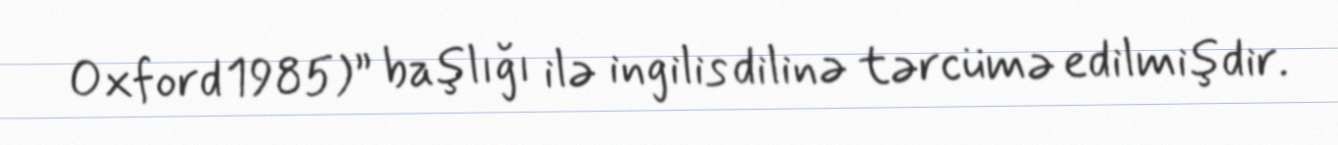
Oxford 1985)” başlığı ilə ingilis dilinə tərcümə edilmişdir.